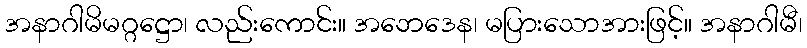
အနာဂါမိမဂ္ဂဋ္ဌော၊ လည်းကောင်း။ အဘေဒေန၊ မပြားသောအားဖြင့်။ အနာဂါမီ၊